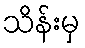
သိန်းမှ